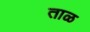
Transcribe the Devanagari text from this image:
ताळ